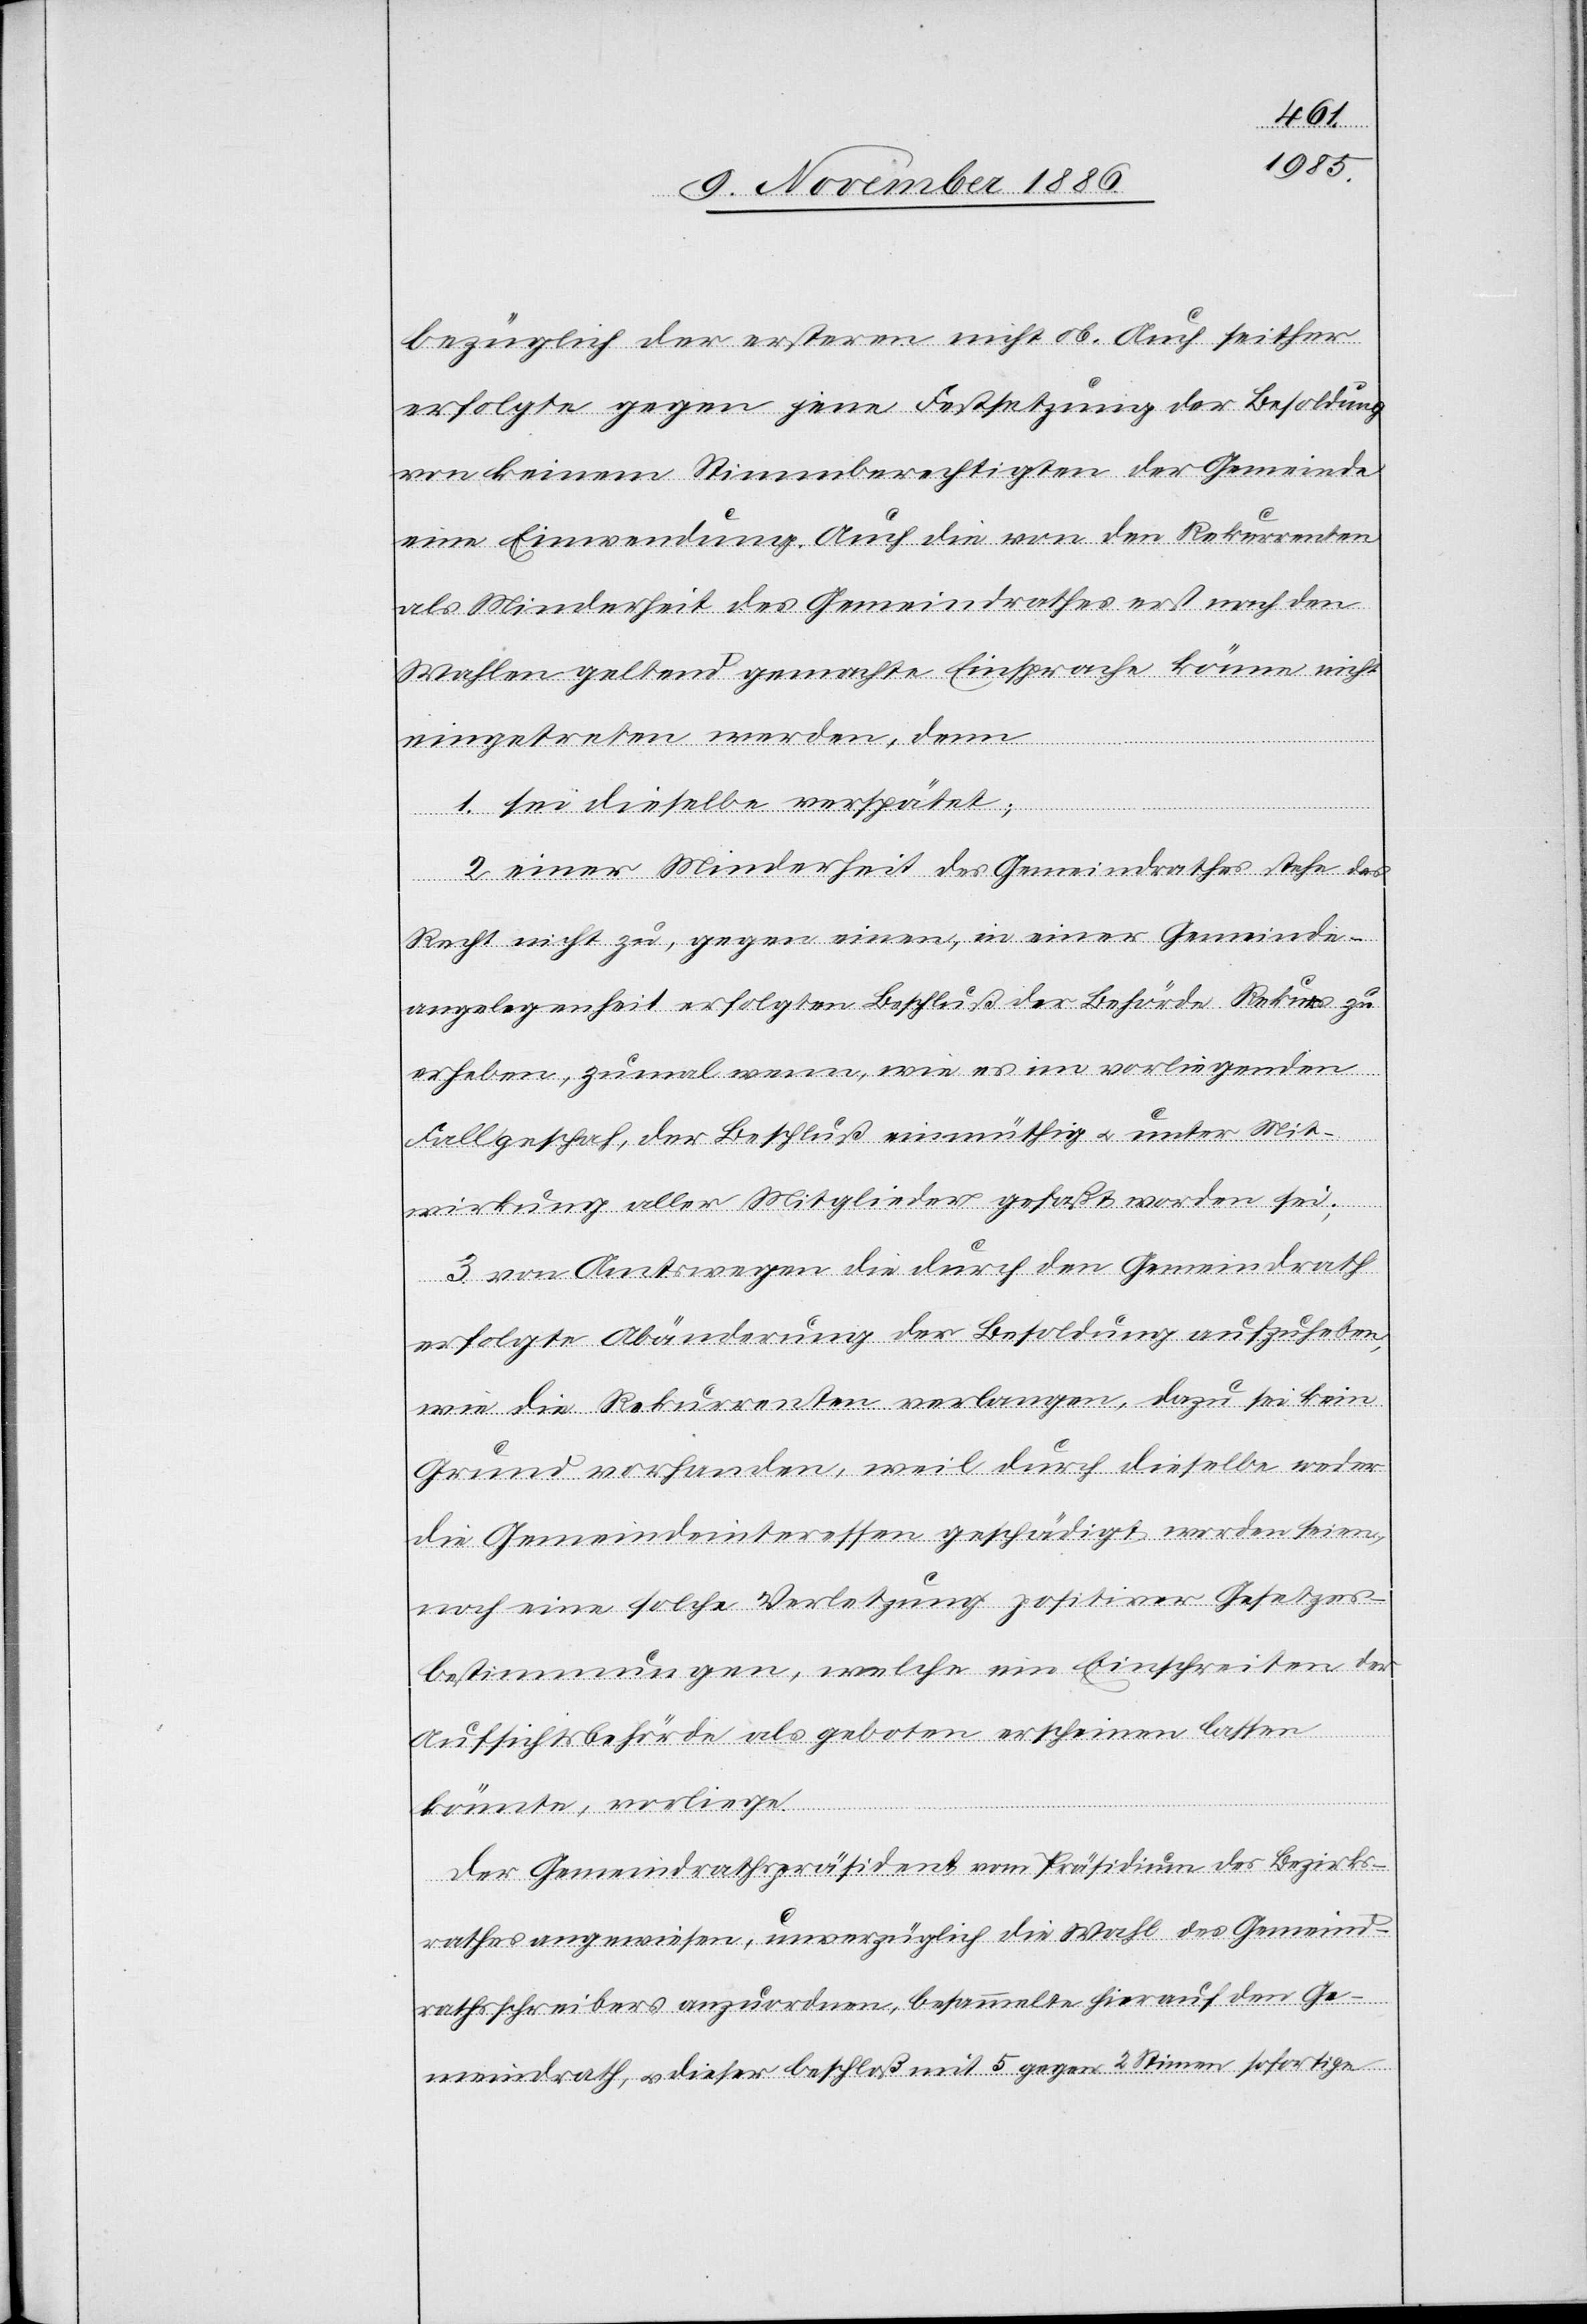
bezüglich der ersteren nicht ob. Auch seither
erfolgte gegen jene Festsetzung der Besoldung
von keinem Stimmberechtigten der Gemeinde
als Minderheit des Gemeindrathes erst nach den
Wahlen geltend gemachte Einsprache könne nicht
eingetreten werden, denn
Auf] die
1. sei dieselbe verspätet;
2. einer Minderheit des Gemeindrathes stehe das
renten
Recht nicht zu, gegen einen, in einer Gemeinde¬
angelegenheit erfolgten Beschluß der Behörde Rekurs zu
erheben, zumal wenn, wie es im vorliegenden
eine
Fall geschah, der Beschluß einmüthig & unter Mit¬
wirkung aller Mitglieder gefaßt worden sei;
3. von Amtswegen die durch den Gemeindrath
erfolgte Abänderung der Besoldung aufzuheben,
wie die Rekurrenten verlangen, dazu sei kein
Grund vorhanden, weil durch dieselbe weder
die Gemeindeinteressen geschädigt worden seien,
noch eine solche Verletzung positiver Gesetzes¬
bestimmungen, welche ein Einschreiten der
Aufsichtsbehörde als geboten erscheinen lassen
könnte, vorliege.
Der Gemeindrathspräsident vom Präsidium des Bezirks¬
rathes angewiesen, unverzüglich die Wahl des Gemeind¬
rathsschreibers anzuordnen, besammelte hierauf den Ge¬
meindrath, & dieser beschloß mit 5 gegen 2 Stimmen sofortige